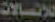
للإتصالات